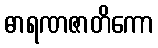
ဓာရဏဇာတိကော